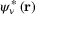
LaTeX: \psi _ { \nu } ^ { * } \left( \mathbf { r } \right)